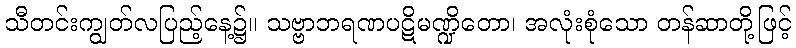
သီတင်းကျွတ်လပြည့်နေ့၌။ သဗ္ဗာဘရဏပဋိမဏ္ဍိတော၊ အလုံးစုံသော တန်ဆာတို့ဖြင့်